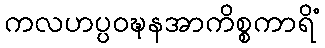
ကလဟပ္ပဝဍ္ဎနအာကိစ္စကာရိံ